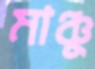
মাঞ্চু